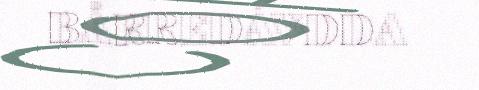
BÅRREDÁVDDA